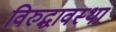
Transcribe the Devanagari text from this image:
विरुद्धावस्था